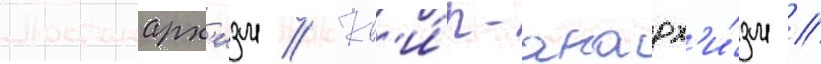
Постанарх'изм // Кв'и́р-анарх'и́зм //